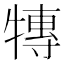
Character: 𭷰